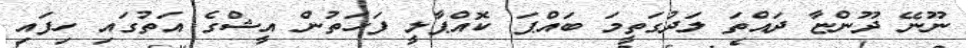
ނޫނޭ ދޫންޏާ ދައްތަ ލަދުގަތީމަ ބައްޕަ ކޮއްޕާލީ ފަހަތުން އީޝްގެ އަތުގައި ހިފައި